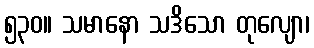
၅၃၀။ သမာနော သဒိသော တုလျော၊